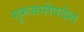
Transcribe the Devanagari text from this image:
गुरुजनोपदेश